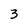
Character: 3